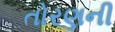
તોરણની